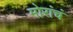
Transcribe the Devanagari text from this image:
मोरांचं